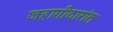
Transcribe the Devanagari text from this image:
जहागीदारांत